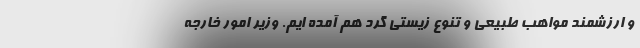
و ارزشمند مواهب طبیعی و تنوع زیستی گرد هم آمده ایم. وزیر امور خارجه